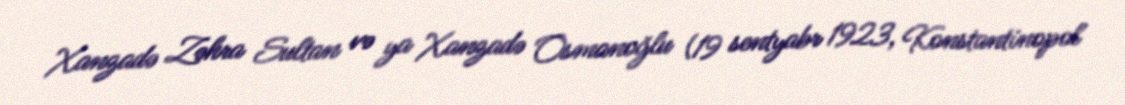
Xanzadə Zəhra Sultan və ya Xanzadə Osmanoğlu (19 sentyabr 1923, Konstantinopol